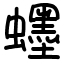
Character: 䘃